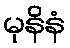
မုနိနံ